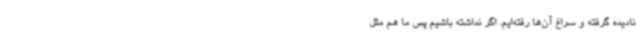
نادیده گرفته و سراغ آن‌ها رفته‌ایم. اگر نداشته باشیم پس ما هم مثل